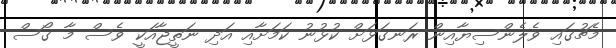
މެޗުގައި ވެލެންސިޔާއިން ރަނގަޅަށް ކުޅުނު ކަމަށާއި އަދި ނަތީޖާއަކީ ވެސް މާ ގޯސް